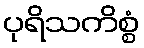
ပုရိသကိစ္စံ